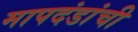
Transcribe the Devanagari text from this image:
मापदंडांची